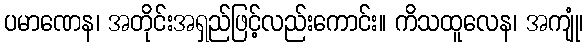
ပမာဏေန၊ အတိုင်းအရှည်ဖြင့်လည်းကောင်း။ ကိသထူလေန၊ အကျုံ၊